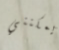
يمكنني